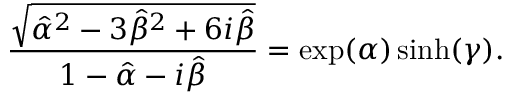
\frac { \sqrt { \hat { \alpha } ^ { 2 } - 3 \hat { \beta } ^ { 2 } + 6 i \hat { \beta } } } { 1 - \hat { \alpha } - i \hat { \beta } } = \exp ( \alpha ) \sinh ( \gamma ) .